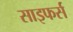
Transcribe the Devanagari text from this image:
साइफर्स